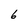
Character: 6